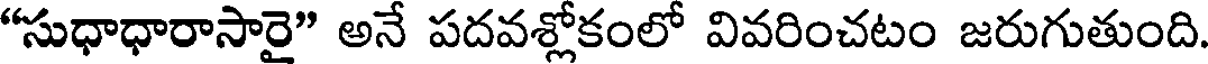
"సుధాధారాసారై" అనే పదవశ్లోకంలో వివరించటం జరుగుతుంది